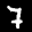
Label: 7